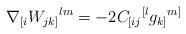
LaTeX: \begin{align*} \nabla_{[i} W_{jk]}{}^{lm} = -2C_{[ij}{}^{[l}g_{k]}{}^{m]}\end{align*}